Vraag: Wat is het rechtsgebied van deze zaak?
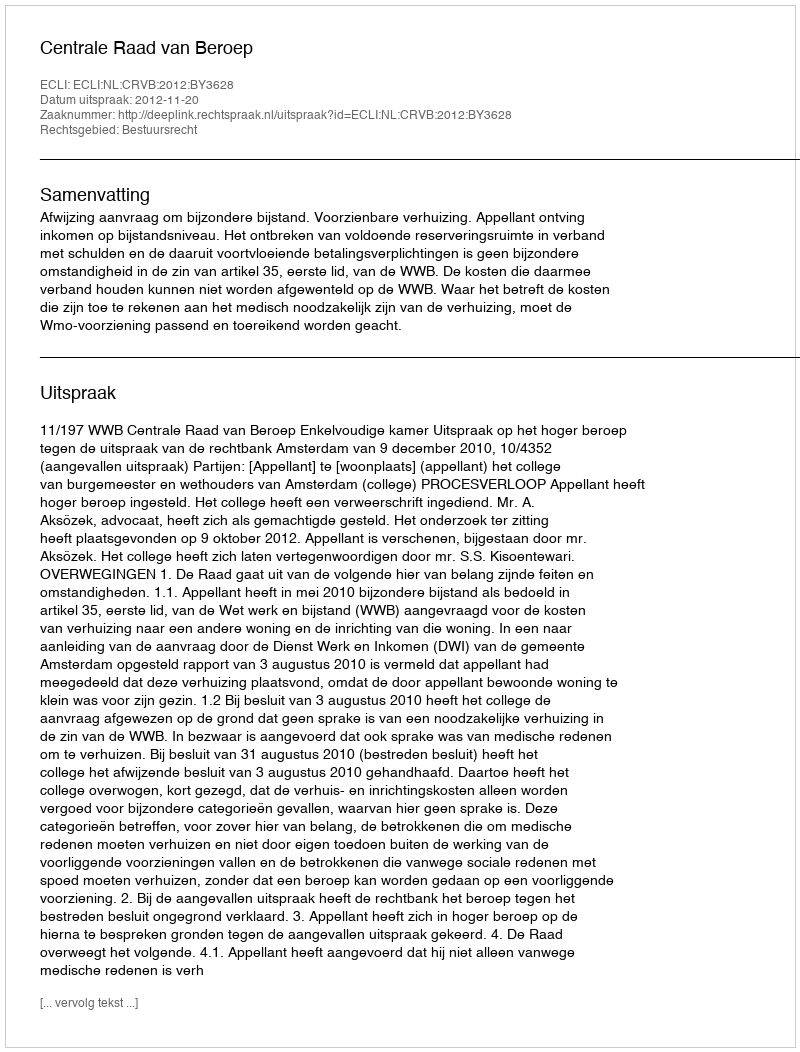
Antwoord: Bestuursrecht